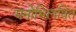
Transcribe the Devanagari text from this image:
मनोभिलषित